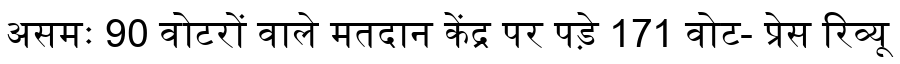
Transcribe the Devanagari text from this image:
असमः 90 वोटरों वाले मतदान केंद्र पर पड़े 171 वोट- प्रेस रिव्यू